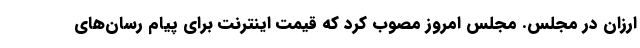
ارزان در مجلس. مجلس امروز مصوب کرد که قیمت اینترنت برای پیام رسان‌های